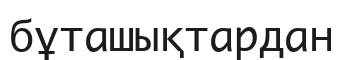
бұташықтардан